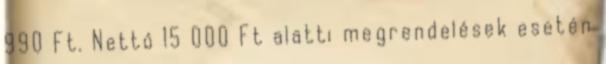
990 Ft. Nettó 15 000 Ft alatti megrendelések esetén